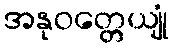
အနုဝတ္တေယျုံ